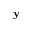
\mathbf { y }